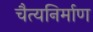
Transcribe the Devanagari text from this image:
चैत्यनिर्माण